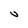
Character: V